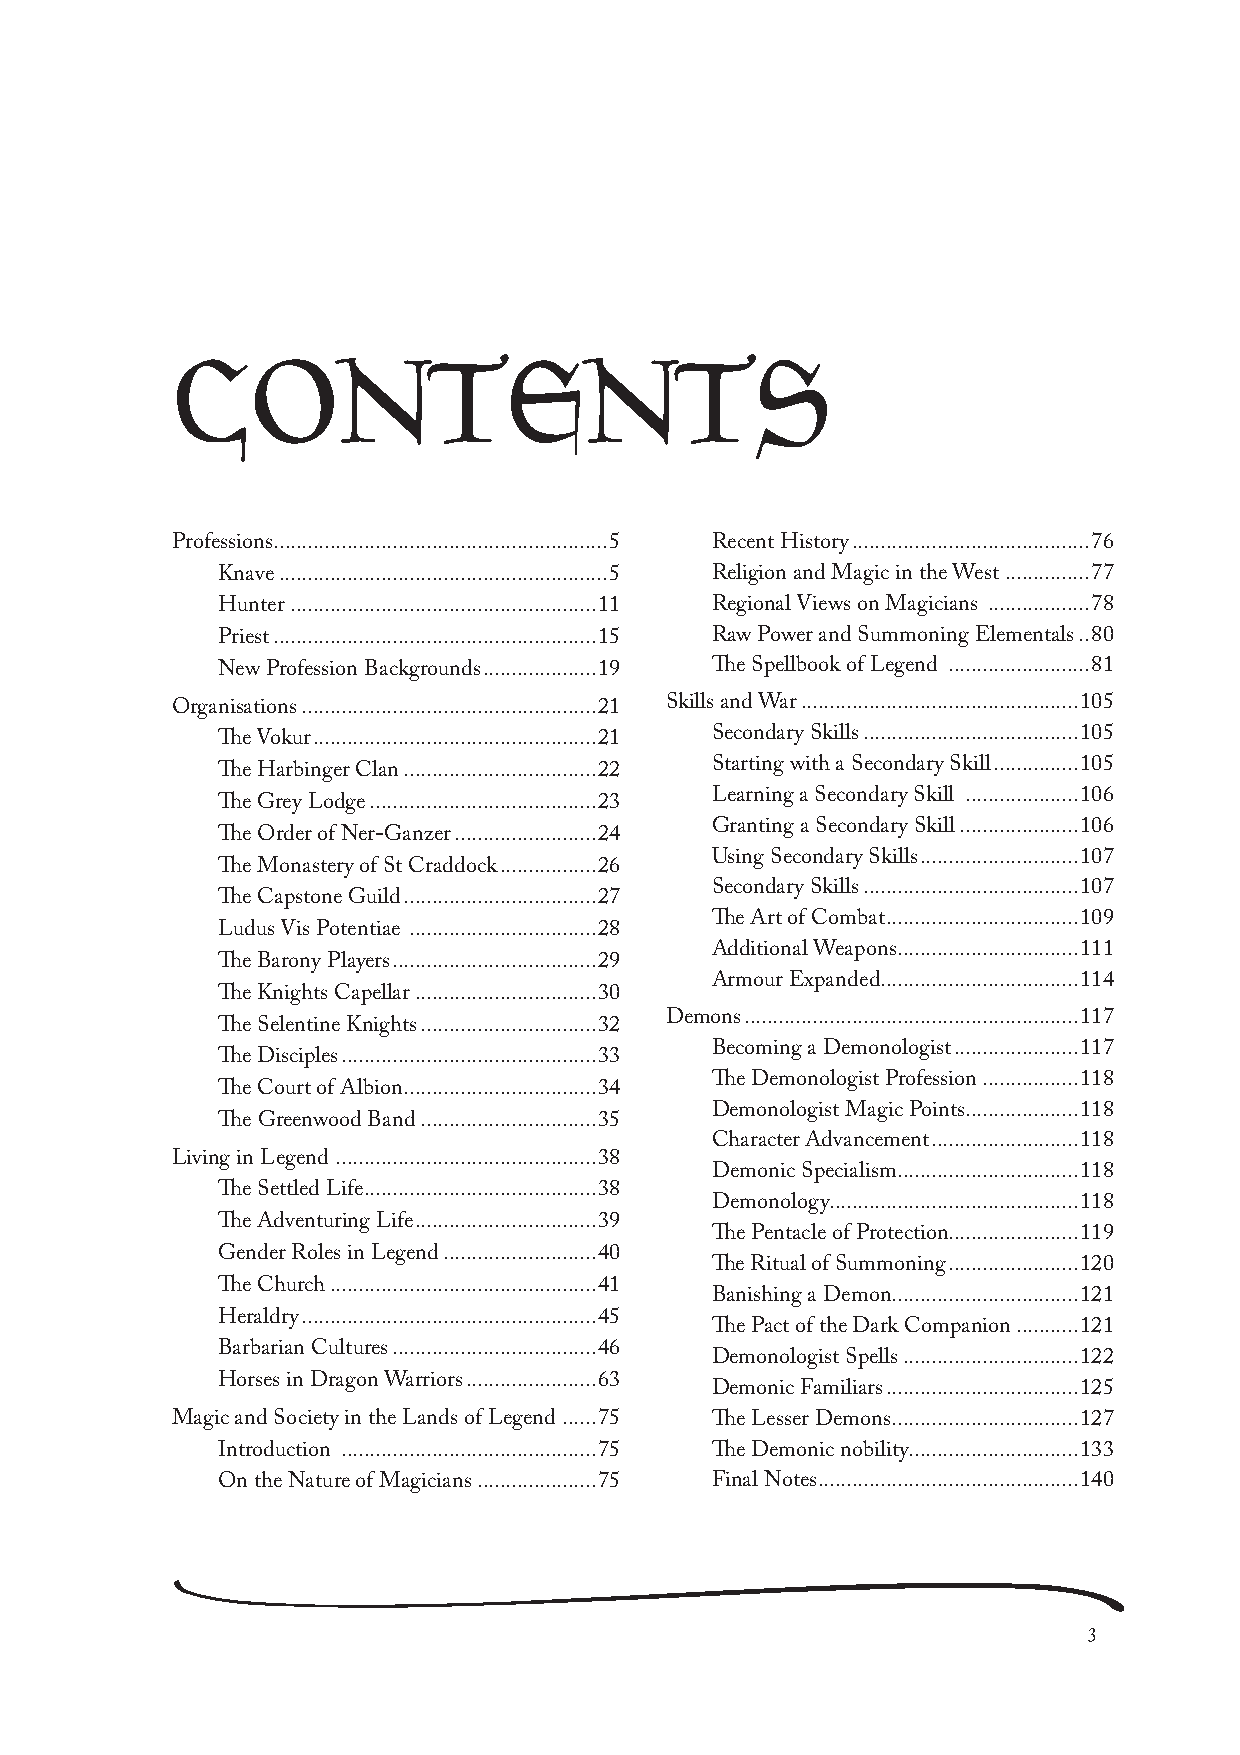
CONTENTS
 Professions ...........................................................5 Recent History ..........................................76
 Knave ..........................................................5 Religion and Magic in the West ...............77
 Hunter ......................................................11 Regional Views on Magicians ..................78
 Priest .........................................................15 Raw Power and Summoning Elementals ..80
 New Profession Backgrounds ....................19 The Spellbook of Legend .........................81
 Organisations ....................................................21 Skills and War .................................................105
 The Vokur ..................................................21 Secondary Skills ......................................105
 Starting with a Secondary Skill ...............105
 The Harbinger Clan ..................................22
 Learning a Secondary Skill ....................106
 The Grey Lodge ........................................23
 Granting a Secondary Skill .....................106
 The Order of Ner-Ganzer .........................24
 Using Secondary Skills ............................107
 The Monastery of St Craddock .................26
 Secondary Skills ......................................107
 The Capstone Guild ..................................27
 The Art of Combat ..................................109
 Ludus Vis Potentiae .................................28
 Additional Weapons ................................111
 The Barony Players ....................................29
 Armour Expanded ...................................114
 The Knights Capellar ................................30
 Demons ...........................................................117
 The Selentine Knights ...............................32
 Becoming a Demonologist ......................117
 The Disciples .............................................33
 The Demonologist Profession .................118
 The Court of Albion ..................................34
 Demonologist Magic Points ....................118
 The Greenwood Band ...............................35
 Character Advancement ..........................118
 Living in Legend ..............................................38
 Demonic Specialism ................................118
 The Settled Life .........................................38
 Demonology ............................................118
 The Adventuring Life ................................39
 The Pentacle of Protection .......................119
 Gender Roles in Legend ...........................40
 The Ritual of Summoning .......................120
 The Church ...............................................41
 Banishing a Demon .................................121
 Heraldry ....................................................45
 The Pact of the Dark Companion ...........121
 Barbarian Cultures ....................................46
 Demonologist Spells ...............................122
 Horses in Dragon Warriors .......................63
 Demonic Familiars ..................................125
 Magic and Society in the Lands of Legend ......75 The Lesser Demons .................................127
 Introduction .............................................75 The Demonic nobility ..............................133
 On the Nature of Magicians .....................75 Final Notes ..............................................140
 3